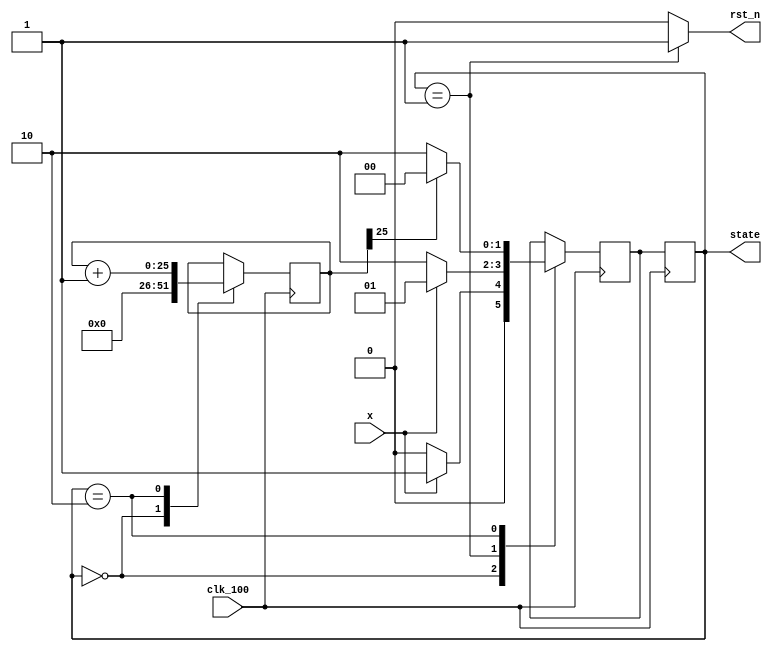
`timescale 1ns / 1ps
//////////////////////////////////////////////////////////////////////////////////
// Company: 
// Engineer: 
// 
// Design Name: 
// Module Name: Controller_FSM
// Project Name: 
// Target Devices: 
// Tool Versions: 
// Description: 
// 
// Dependencies: 
// 
// Revision:
// Revision 0.01 - File Created
// Additional Comments:
// 
//////////////////////////////////////////////////////////////////////////////////


module Controller_FSM(
    input clk_100,
    input x,
    output [1:0] state,
    output rst_n
    );

localparam STATEMENT = 0;
localparam START = 1;
localparam CLOSE = 2;

reg [1:0] cur_state = 0;
reg [1:0] next_state = 0;
reg [25:0] counter = 0;

always @ (posedge clk_100)
begin
    case(cur_state)
    STATEMENT: begin      //a
        counter <= 0;
        if(x == 0) begin
        next_state <= STATEMENT;
        end
        else begin
        next_state <= START;
        end
    end

    START: begin         //b
        if(x == 0) begin
        next_state <= CLOSE;
        end
        else begin
        next_state <= START;
        end
    end

    CLOSE: begin        //c
        counter <= counter + 1;
        if(counter[25] == 0) begin
            next_state <= CLOSE;
        end
        else begin
            next_state <= STATEMENT;
        end
    end
    endcase
end

always @ (posedge clk_100)
begin
    cur_state <= next_state;
end

assign state = cur_state;
assign rst_n = ((state == START) ? 1:0);

endmodule